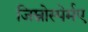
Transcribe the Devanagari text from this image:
जिम्नोस्पेर्मए